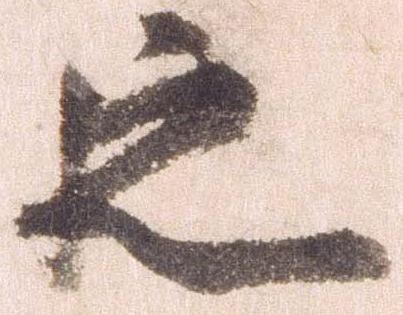
之